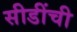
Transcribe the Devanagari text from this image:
सीडींची